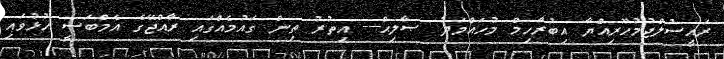
ރައީސުލްޖުމުހޫރިއްޔާ އިބުރާހިމް މުހައްމަދު ޞާލިޙް--- އިތުރު ތިން ގައުމެއްގައި ރާއްޖޭގެ އެމްބަސީ ހުޅުވައި